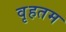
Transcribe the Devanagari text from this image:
वृहतम